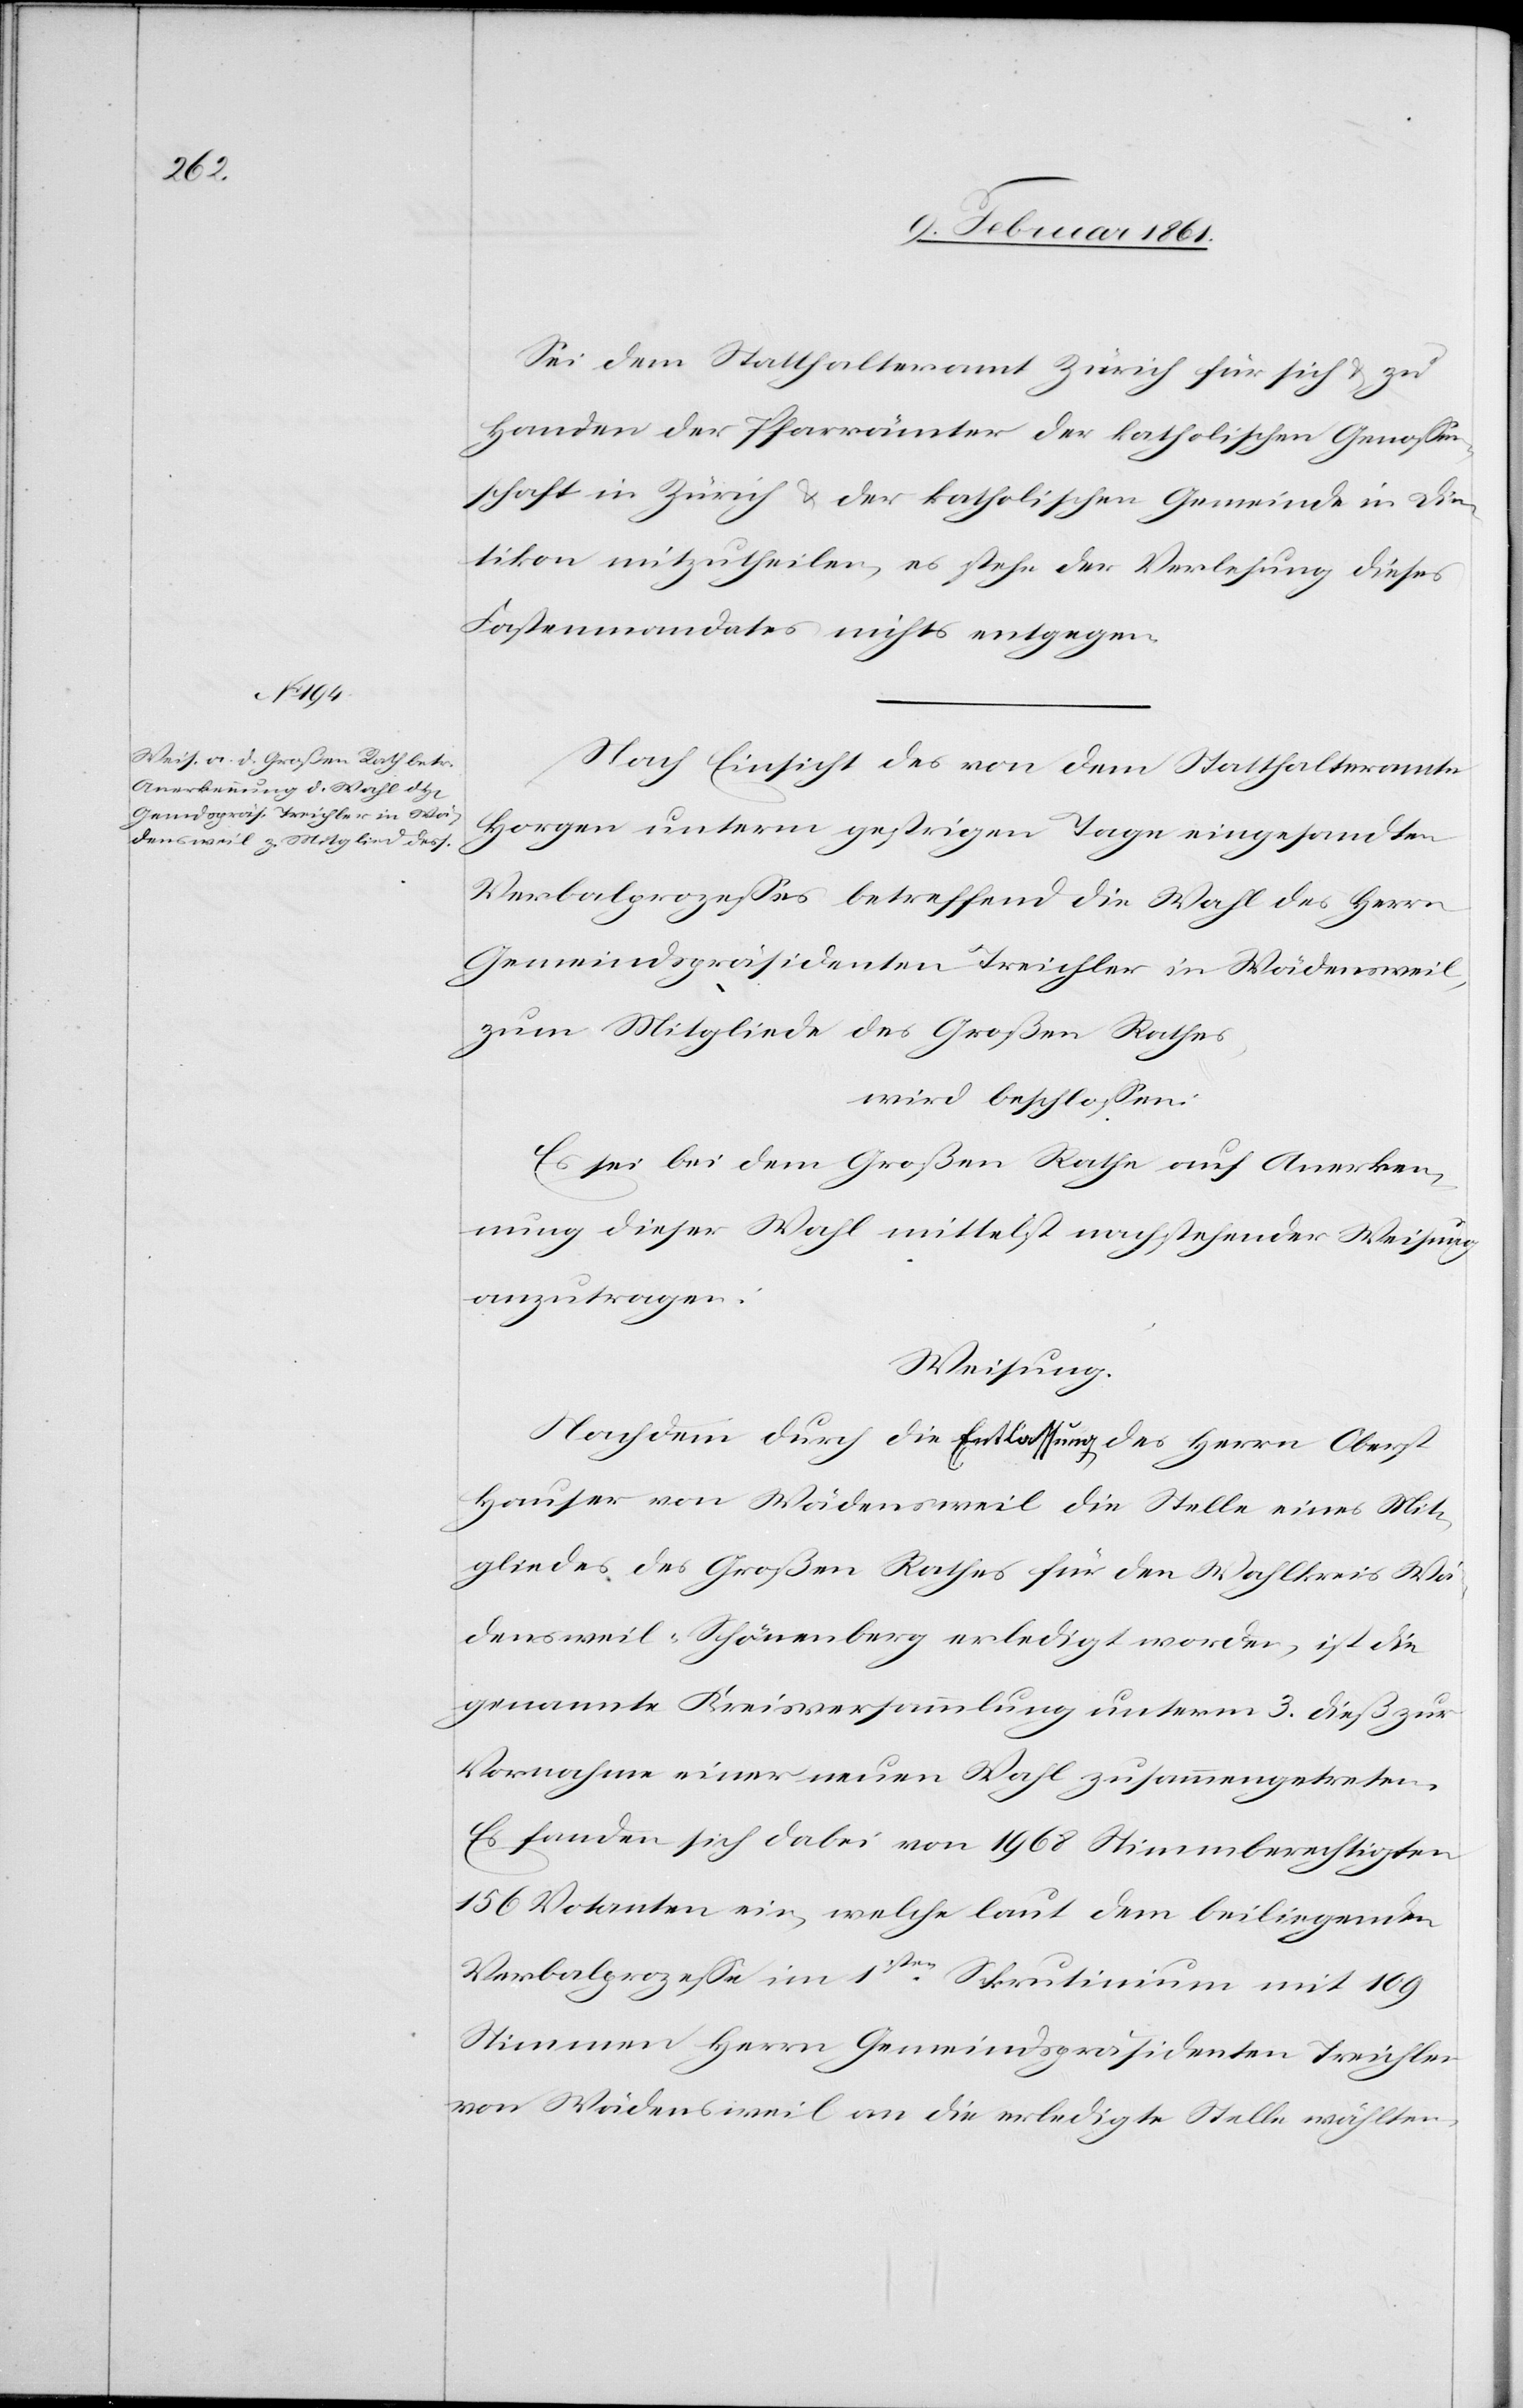
Sei dem Statthalteramt Zürich für sich u. z
Handen der Pfarrämter der katholischen Genossen¬
schaft in Zürich u. der katholischen Gemeinde in Die¬
tikon mitzutheilen, es stehe der Verlesung dieses
Fastenmandates nichts entgegen.
Nach Einsicht des von dem Statthalteramte
Horgen unterm gestrigen Tage eingesandten
Verbalprozesses betreffend die Wahl des Herrn
Gemeindspräsidenten Treichler in Wädensweil,
zum Mitgliede des Großen Rathes,
wird beschlossen:
Es sei bei dem Großen Rathe auf Anerken¬
nung dieser Wahl mittelst nachstehender Weisung
anzutragen:
Weisung.
Nachdem durch die Entlassung des Herrn Oberst
Hauser von Wädensweil die Stelle eines Mit¬
gliedes des Großen Rathes für den Wahlkreis Wä¬
densweil-Schönenberg erledigt worden, ist die
genannte Kreisversammlung unterm 3. dieß zur
Vornahme einer neuen Wahl zusammengetreten.
Es fanden sich dabei von 1968 Stimmberechtigten
156 Votanten ein, welche laut dem beiliegenden
Verbalprozesse im 1sten Skrutinium mit 109
Stimmen Herrn Gemeindspräsidenten Treichler
von Wädensweil an die erledigte Stelle wählten.